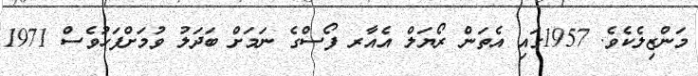
މަންޒިލެކެވެ. 1957ގައި އެތަން ރޯޔަލް އެއާރ ފޯސްގެ ނަމަށް ބަދަލު ވުމަށްފަހުވެސް 1971